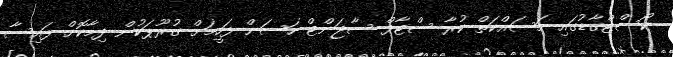
ކޯސްޓްގާޑުގައި މަސައްކަތް ކުރާ ސްޓާފް ސާޖަންޓް ހަސަން ފަހީމަށް ގުރޫޕަކުން ދިމާކޮށް ފައިސާ